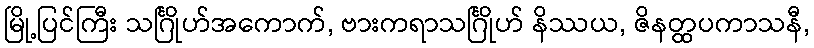
မြို့ပြင်ကြီး သင်္ဂြိုဟ်အကောက်, ဗားကရာသင်္ဂြိုဟ် နိဿယ, ဇိနတ္ထပကာသနီ,